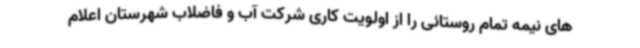
های نیمه تمام روستائی را از اولویت کاری شرکت آب و فاضلاب شهرستان اعلام